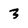
Character: 3